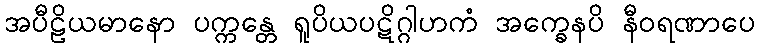
အပီဠိယမာနော ပက္ကန္တေ ရူပိယပဋိဂ္ဂါဟကံ အက္ခေနပိ နီဝရဏာပေ